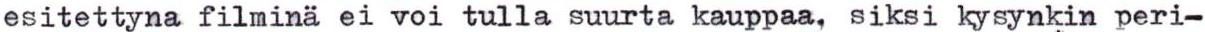
esitettyna filminä ei voi tulla suurta kauppaa, siksi kysynkin peri-